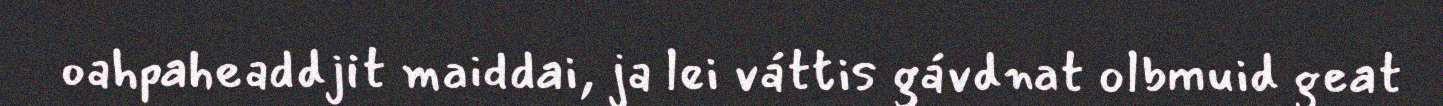
oahpaheaddjit maiddai, ja lei váttis gávdnat olbmuid geat